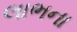
લાભના